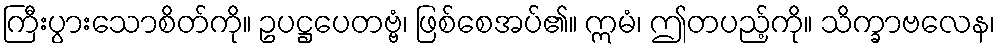
ကြီးပွားသောစိတ်ကို။ ဥပဋ္ဌပေတဗ္ဗံ၊ ဖြစ်စေအပ်၏။ ဣမံ၊ ဤတပည့်ကို။ သိက္ခာဗလေန၊